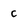
Character: c